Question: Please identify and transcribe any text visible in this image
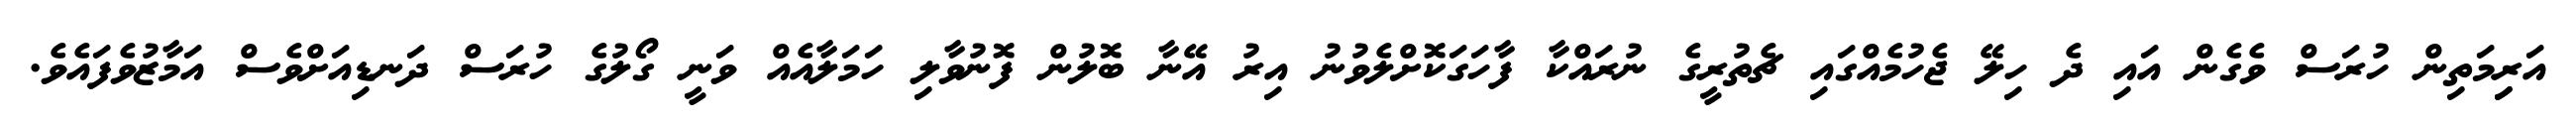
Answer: އަރިިމަތިން ހުރަސް ވެގެން އައި ދެ ހިލޭ ޖެހުމެއްގައި ޗެތުރީގެ ނުރައްކާ ފާހަގަކޮށްލެވުނު އިރު އޭނާ ބޮލުން ފޮނުވާލި ހަމަލާއެއް ވަނީ ގޯލުގެ ހުރަސް ދަނޑިއަށްވެސް އަމާޒުވެފައެވެ.